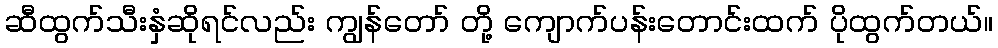
ဆီထွက်သီးနှံဆိုရင်လည်း ကျွန်တော် တို့ ကျောက်ပန်းတောင်းထက် ပိုထွက်တယ်။